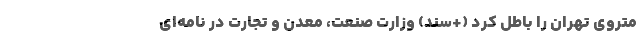
متروی تهران را باطل کرد (+سند) وزارت صنعت، معدن و تجارت در نامه‌ای